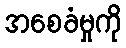
အစေခံမှုကို